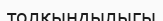
толқындылыгы